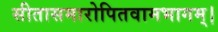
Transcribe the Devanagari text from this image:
सीतासमारोपितवामभागम्।